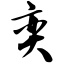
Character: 奕